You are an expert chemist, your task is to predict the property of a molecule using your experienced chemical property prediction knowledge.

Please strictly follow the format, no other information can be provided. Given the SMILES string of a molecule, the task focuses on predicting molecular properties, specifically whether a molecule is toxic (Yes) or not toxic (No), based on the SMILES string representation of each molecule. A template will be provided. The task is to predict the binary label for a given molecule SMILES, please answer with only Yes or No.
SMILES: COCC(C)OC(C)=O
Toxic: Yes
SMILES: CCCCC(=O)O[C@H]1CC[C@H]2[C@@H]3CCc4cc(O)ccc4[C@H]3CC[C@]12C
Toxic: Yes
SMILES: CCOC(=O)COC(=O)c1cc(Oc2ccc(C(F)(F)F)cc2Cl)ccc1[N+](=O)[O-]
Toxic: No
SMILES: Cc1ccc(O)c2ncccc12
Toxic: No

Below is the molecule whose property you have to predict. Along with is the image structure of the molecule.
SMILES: CNC(=O)c1cc(Oc2ccc(NC(=O)Nc3ccc(Cl)c(C(F)(F)F)c3)cc2)ccn1
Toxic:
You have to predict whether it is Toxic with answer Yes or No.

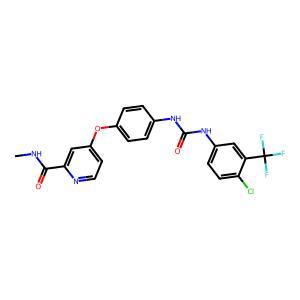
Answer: No